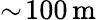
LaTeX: \sim\! 100\, \mathrm{m}